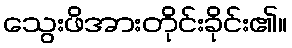
သွေးဖိအားတိုင်းခိုင်း၏။